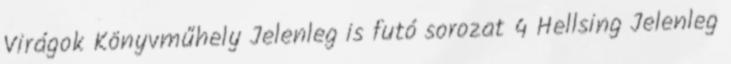
Virágok Könyvműhely Jelenleg is futó sorozat 4 Hellsing Jelenleg